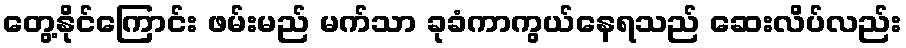
တွေ့နိုင်ကြောင်း ဖမ်းမည် မက်သာ ခုခံကာကွယ်နေရသည် ဆေးလိပ်လည်း